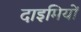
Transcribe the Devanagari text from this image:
दाइमियों